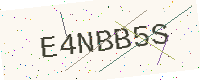
Text: E4NBB5S